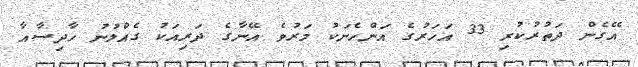
އޭގެން ދަތުރުކުރި 33 އަހަރުގެ އަންހެނަކު މަރުވެ އޭނާގެ ދަރިއަކު ގެއްލުނު ހާދިސާއާ